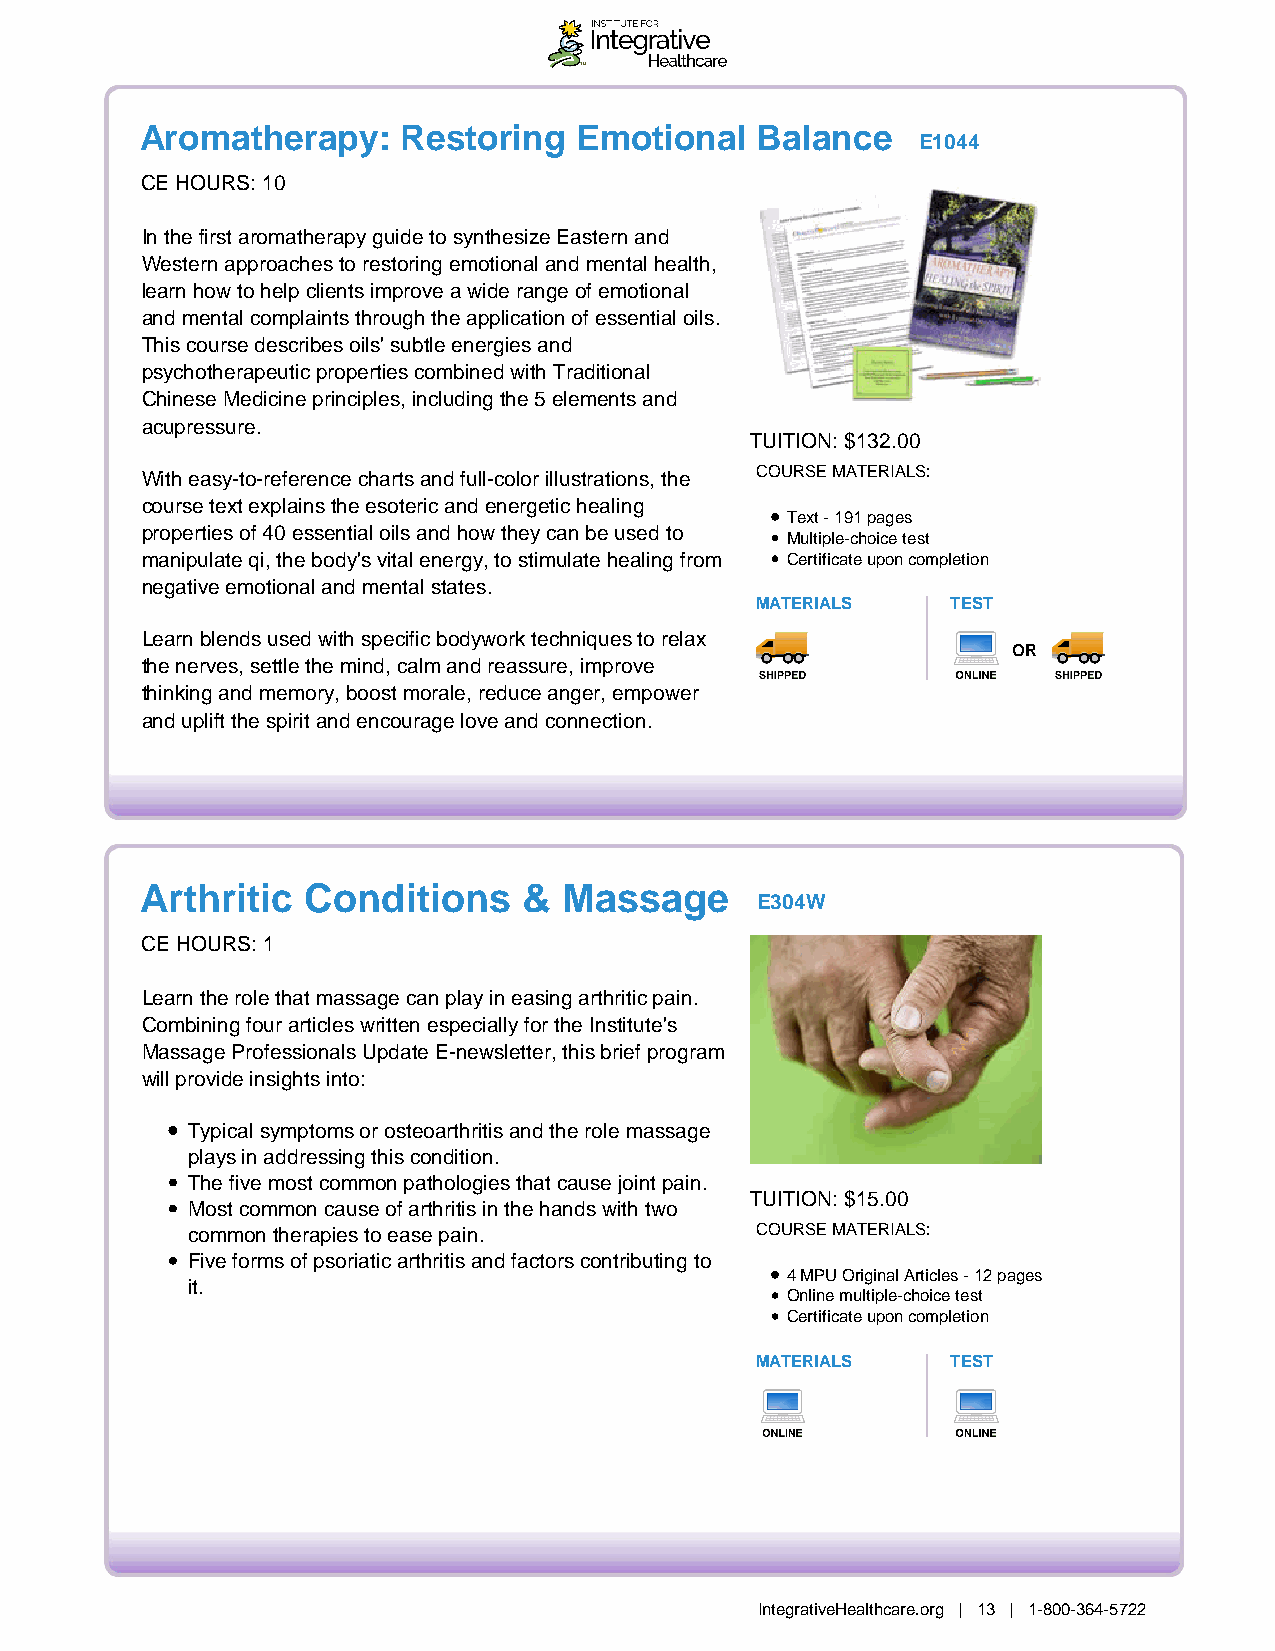
Aromatherapy:     Restoring  Emotional   Balance
 E1044
 CE HOURS: 10
 In the first aromatherapy guide to synthesize Eastern and
 Western approaches to restoring emotional and mental health,
 learn how to help clients improve a wide range of emotional
 and mental complaints through the application of essential oils.
 This course describes oils' subtle energies and
 psychotherapeutic properties combined with Traditional
 Chinese Medicine principles, including the 5 elements and
 acupressure.
 TUITION: $132.00
 With easy-to-reference charts and full-color illustrations, the COURSE MATERIALS:
 course text explains the esoteric and energetic healing
 Text - 191 pages
 properties of 40 essential oils and how they can be used to
 Multiple-choice test
 manipulate qi, the body's vital energy, to stimulate healing from Certificate upon completion
 negative emotional and mental states.
 MATERIALS    TEST
 Learn blends used with specific bodywork techniques to relax
 OR
 the nerves, settle the mind, calm and reassure, improve
 thinking and memory, boost morale, reduce anger, empower
 and uplift the spirit and encourage love and connection.
 Arthritic  Conditions     & Massage
 E304W
 CE HOURS: 1
 Learn the role that massage can play in easing arthritic pain.
 Combining four articles written especially for the Institute's
 Massage Professionals Update E-newsletter, this brief program
 will provide insights into:
 Typical symptoms or osteoarthritis and the role massage
 plays in addressing this condition.
 The five most common pathologies that cause joint pain.
 TUITION: $15.00
 Most common cause of arthritis in the hands with two
 common therapies to ease pain.        COURSE MATERIALS:
 Five forms of psoriatic arthritis and factors contributing to
 4 MPU Original Articles - 12 pages
 it.
 Online multiple-choice test
 Certificate upon completion
 MATERIALS    TEST
 IntegrativeHealthcare.org | 13 | 1-800-364-5722